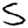
Digit: 5